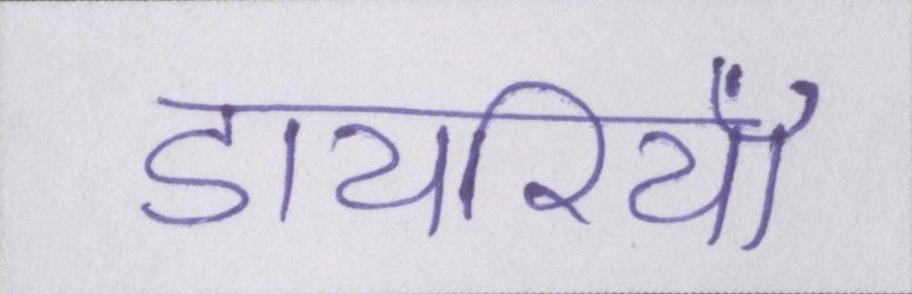
डायरियाँ